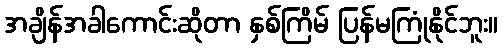
အချိန်အခါကောင်းဆိုတာ နှစ်ကြိမ် ပြန်မကြုံနိုင်ဘူး။